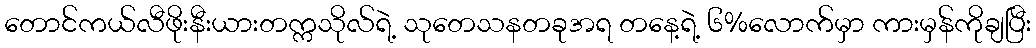
တောင်ကယ်လီဖိုးနီးယားတက္ကသိုလ်ရဲ့ သုတေသနတခုအရ တနေ့ရဲ့ ၆%လောက်မှာ ကားမှန်ကိုချပြီး